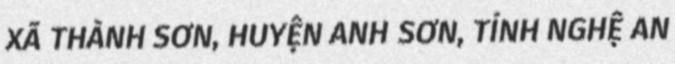
XÃ THÀNH SƠN, HUYỆN ANH SƠN, TỈNH NGHỆ AN